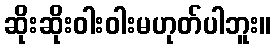
ဆိုးဆိုးဝါးဝါးမဟုတ်ပါဘူး။